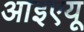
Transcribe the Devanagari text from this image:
आइएयू